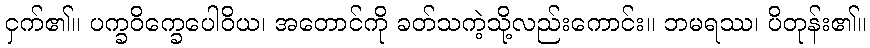
ငှက်၏။ ပက္ခဝိက္ခေပေါဝိယ၊ အတောင်ကို ခတ်သကဲ့သို့လည်းကောင်း။ ဘမရဿ၊ ပိတုန်း၏။